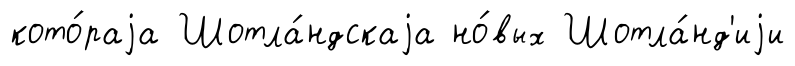
кото́раjа Шотла́ндскаjа но́вых Шотла́нд'иjи